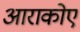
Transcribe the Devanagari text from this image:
आराकोए